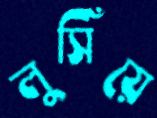
লুসিঁয়ে